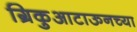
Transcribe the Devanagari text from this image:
ग्रिकुआटाऊनच्या